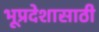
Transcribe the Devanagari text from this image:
भूप्रदेशासाठी